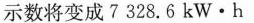
示数将变成7 328.6kW·h